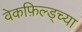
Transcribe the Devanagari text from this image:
वेकफ़िल्ड्च्या